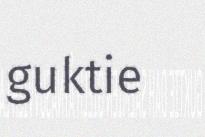
guktie